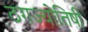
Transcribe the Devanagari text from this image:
ठगज्योतिषी